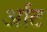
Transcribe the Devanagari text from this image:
र्आट